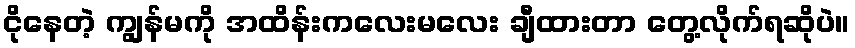
ငိုနေတဲ့ ကျွန်မကို အထိန်းကလေးမလေး ချီထားတာ တွေ့လိုက်ရဆိုပဲ။